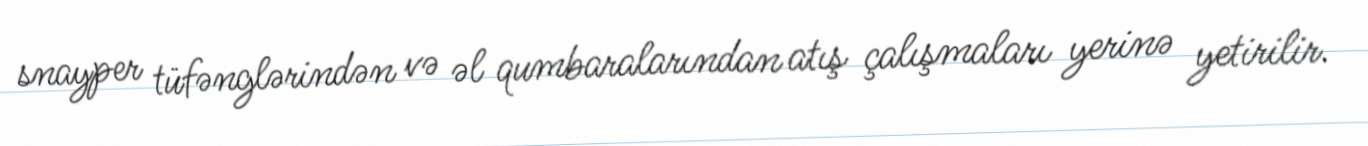
snayper tüfənglərindən və əl qumbaralarından atış çalışmaları yerinə yetirilir.